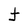
Character: t